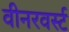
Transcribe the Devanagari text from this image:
वीनरवर्स्ट